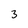
Character: 3